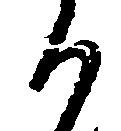
か